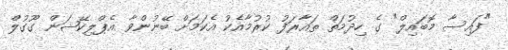
"ފައިސާ މޮބައިލް" ގެ ހިދުމަތް ތައާރަފު ކުރުމާއެކު އެކަމަށް ބޭނުންވާ އެޕްލިކޭޝަން ގޫގުލް